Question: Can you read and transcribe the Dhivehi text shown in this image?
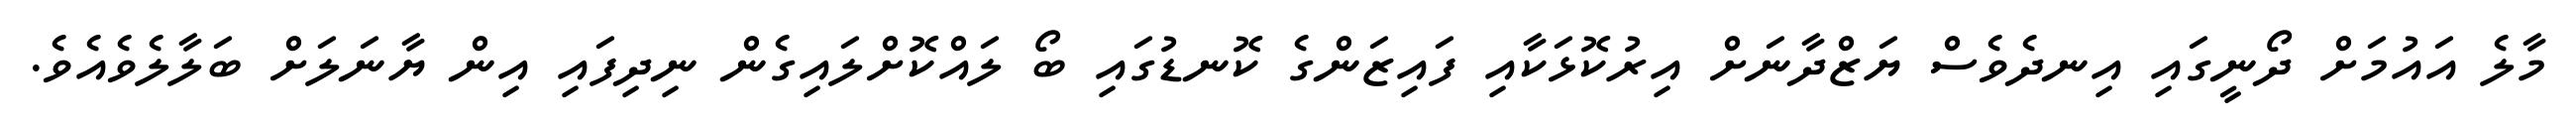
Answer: މާލެ އައުމަށް ދޯނީގައި އިނދެވެސް ޔަޒްދާނަށް އިރުކޮޅަކާއި ފައިޒަންގެ ކޮނޑުގައި ބޯ ލައްކޮށްލައިގެން ނިދިފައި އިން ޔާނަލަށް ބަލާލެވެއެވެ.